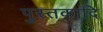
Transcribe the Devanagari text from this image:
पुस्तकादि